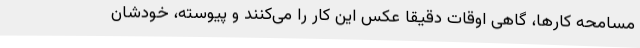
مسامحه کارها، گاهی اوقات دقیقا عکس این کار را می‌کنند و پیوسته، خودشان